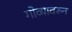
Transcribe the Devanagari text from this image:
गोव्यावरून